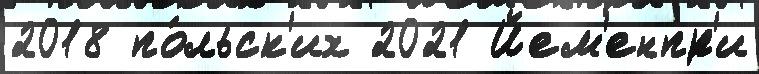
2018 по́льск'их 2021 Йем'енпр'и